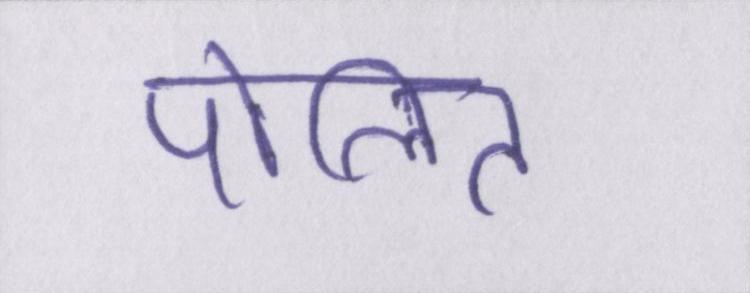
पोलित